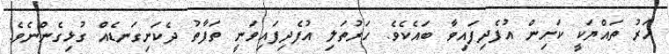
ހަރު ތައްޔަކީ ކަށިން އުފެދިފައިވާ ބައެކެވެ. ހަރުތަލި އުފެދިފައިވަނީ ތަފާތު ދެކަށިގަނޑެއް ގުޅިގެންނެވެ.